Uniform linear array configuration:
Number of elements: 8
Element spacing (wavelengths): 1
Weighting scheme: cosine
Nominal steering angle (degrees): -45
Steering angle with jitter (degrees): -45.527
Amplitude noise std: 0.05
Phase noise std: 0.05

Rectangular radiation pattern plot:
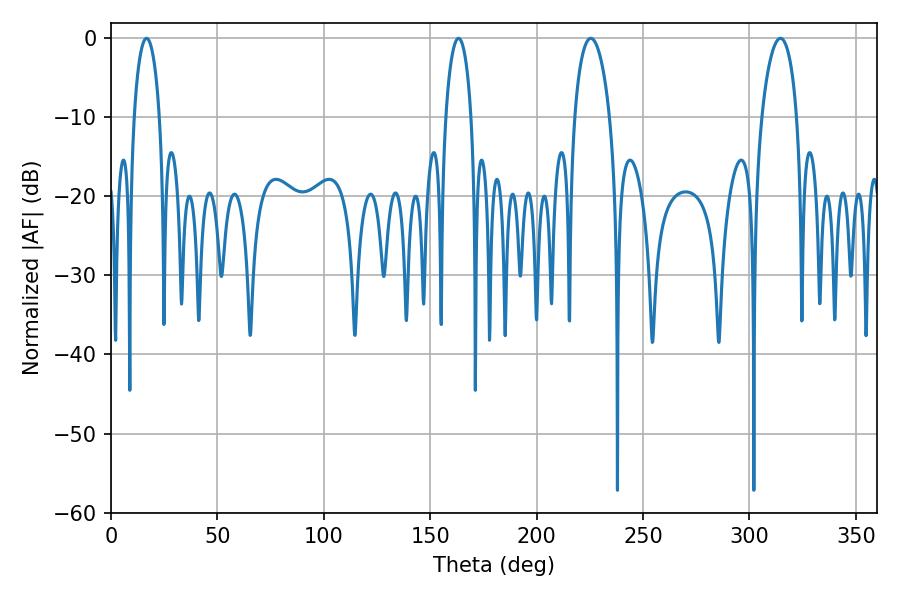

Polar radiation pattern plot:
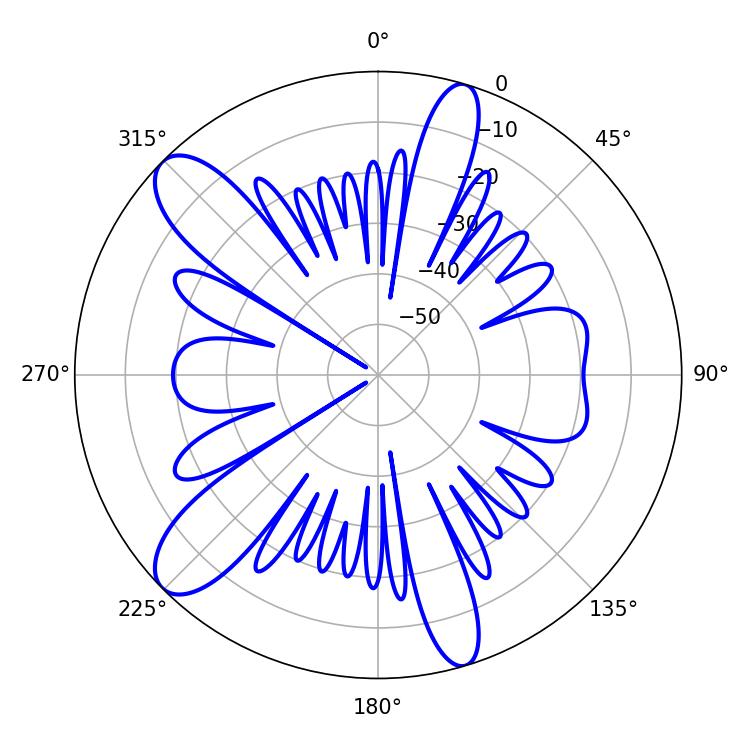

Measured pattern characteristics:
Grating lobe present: TRUE
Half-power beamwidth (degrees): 6.84
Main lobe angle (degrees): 16.74